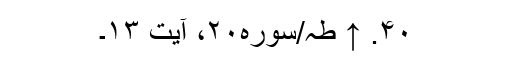
۴۰. ↑ طہ/سوره۲۰، آیت ۱۳۔